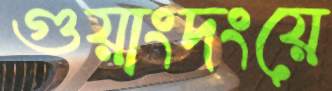
গুয়াংদংয়ে